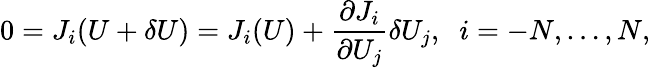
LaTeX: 0=J_{i}(U+\delta U)=J_{i}(U)+\frac{\partial J_{i}}{\partial U_{j}}\delta U_{j},\; \; i=-N,\ldots,N,